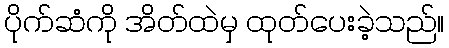
ပိုက်ဆံကို အိတ်ထဲမှ ထုတ်ပေးခဲ့သည်။